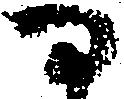
な